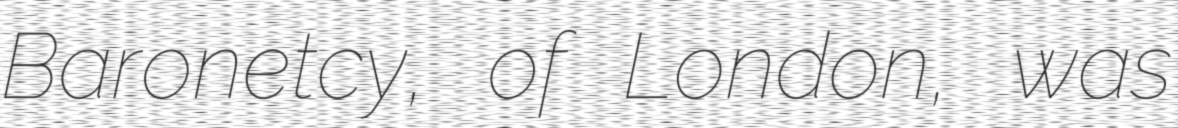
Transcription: Baronetcy, of London, was